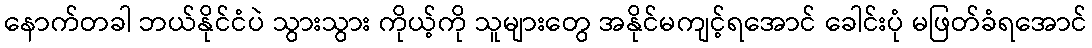
နောက်တခါ ဘယ်နိုင်ငံပဲ သွားသွား ကိုယ့်ကို သူများတွေ အနိုင်မကျင့်ရအောင် ခေါင်းပုံ မဖြတ်ခံရအောင်